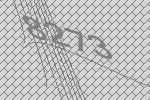
8273